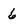
Character: 6